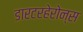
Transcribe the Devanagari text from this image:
डारटरहेरोन्स